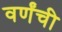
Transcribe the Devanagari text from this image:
वर्णंची